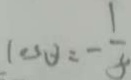
\cos \theta = - \frac { 1 } { 5 }